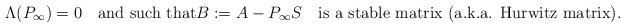
LaTeX: \begin{align*}\Lambda(P_{\infty})=0\quad\mbox{\rm and such that}B:=A-P_{\infty}S\quad\mbox{\rm is a stable matrix (a.k.a. Hurwitz matrix).}\end{align*}